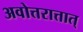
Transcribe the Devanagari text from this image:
अवोत्तरात्तात्